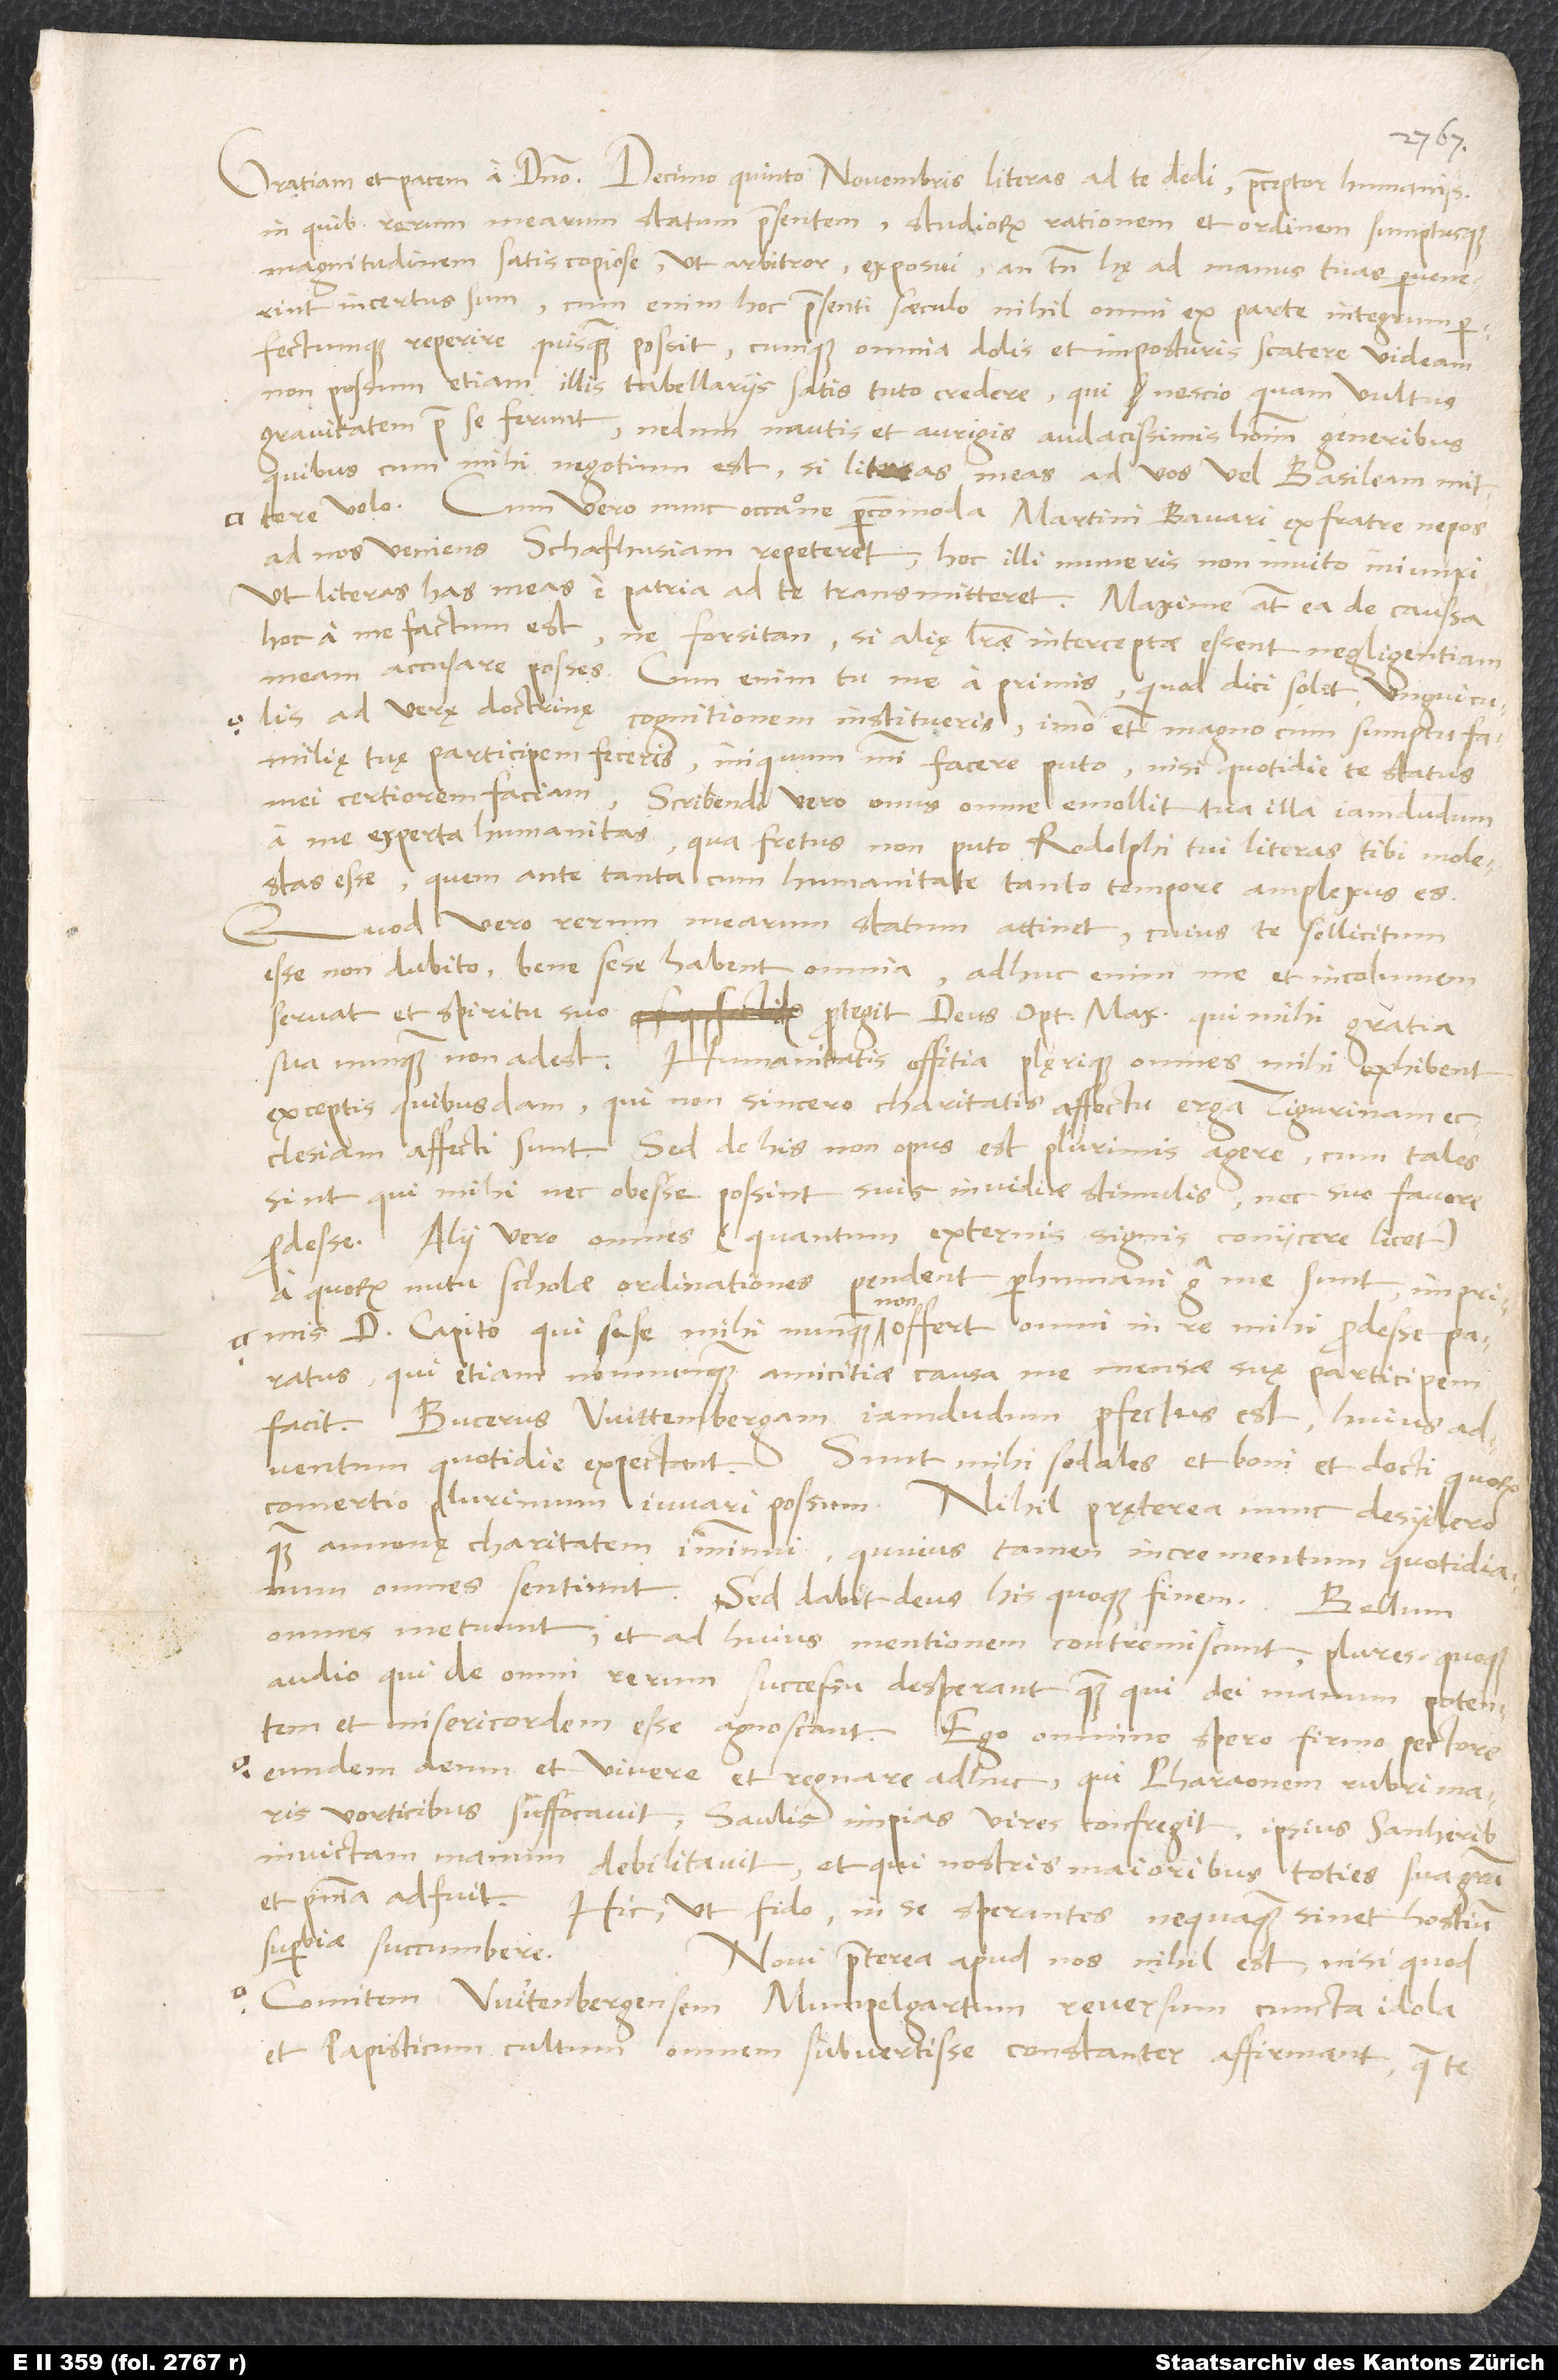
26.
in quibus rerum mearum statum praesentem, studiorum rationem et ordinem sumptusque
magnitudinem satis copiose, ut arbitror, exposui; an tamen hę ad manus tuas pervenerint,
incertus sum. Cum enim hoc praesenti saeculo nihil omni ex parte integrum
perfectumque reperire quisquam possit cumque omnia dolis et imposturis scatere videam,
non possum etiam illis tabellariis satis tuto credere, qui nescio quam vultus
gravitatem prae se ferunt, nedum nautis et aurigis, audacissimis hominum generibus,
quibus cum mihi negotium est, si literas meas ad vos vel Basileam mittere
volo. Cum vero nunc occasione percommoda Martini Bavari ex fratre nepos
ad nos veniens Schafhusiam repeteret, hoc illi muneris non invito iniunxi,
ut literas has meas e patria ad te transmitteret. Maxime autem ea de caussa
hoc a me factum est, ne forsitan, si alię literae interceptae essent, negligentiam
meam accusare posses. Cum enim tu me a primis, quod dici solet, unguiculis
ad verę doctrinę cognitionem institueris, immo etiam magno cum sumptu familię
tuę participem feceris, iniquum mihi facere puto, nisi quotidie te status
mei certiorem faciam. Scribendi vero onus omne emollit tua illa iamdudum
a me experta humanitas, qua fretus non puto Rodolphi tui literas tibi molestas
esse, quem ante tanta cum humanitate tanto tempore amplexus es.
Quod vero rerum mearum statum attinet, cuius te sollicitum
esse non dubito, bene sese habent omnia; adhuc enim me et incolumem
servat et spiritu suo protegit deus optimus maximus, qui mihi gratia
sua nunquam non adest. Humanitatis officia plęrique omnes mihi exhibent
exceptis quibusdam, qui non sincero charitatis affectu erga Tigurinam
ecclesiam affecti sunt. Sed de his non opus est plurimis agere, cum tales
sint, qui mihi nec obesse possint suis invidiae stimulis nec suo favore
prodesse. Alii vero omnes (quantum externis signis coniicere licet),
a quorum nutu scholae ordinationes pendent, perhumani erga me sunt, imprimis
Capito, qui sese mihi nunquam non offert omni in re mihi prodesse paratus,
qui etiam nonnunquam amicitiae causa me mensae suę participem
facit. Bucerus Wittenbergam iamdudum profectus est; huius adventum
comertio plurimum iuvari possum. Nihil pręterea nunc desydero
quam annonę charitatem imminui, quuius tamen incrementum quotidianum
omnes sentiunt. Sed dabit deus his quoque finem.
omnes metuunt et ad huius mentionem contremiscunt; plures quoque
audio, qui de omni rerum successu desperant, quam qui dei manum potentem
et misericordem esse agnoscant. Ego omnino spero firmo pectore
eundem deum et vivere et regnare adhuc, qui Pharaonem rubri maris
vorticibus suffocavit, Saulis impias vires confregit, ipsius Sanherib
invictam manum debilitavit et qui nostris maioribus toties sua gratia
et praesentia adfuit. Hic, ut fido, in se sperantes nequaquam sinet hostium
superbiae succumbere.
Novi praeterea apud nos nihil est, nisi quod
comitem Wirtenbergensem Mumpelgartum reversum cuncta idola
et papisticum cultum omnem subvertisse constanter affirmant, quae te